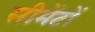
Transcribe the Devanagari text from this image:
सीमेंटों